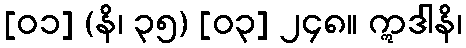
[၀၁] (နိ၊ ၃၅) [၀၃] ၂၄၈။ ဣဒါနိ၊